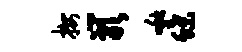
按岩啾蝶